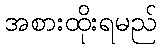
အစားထိုးရမည်